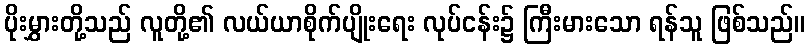
ပိုးမွှားတို့သည် လူတို့၏ လယ်ယာစိုက်ပျိုးရေး လုပ်ငန်း၌ ကြီးမားသော ရန်သူ ဖြစ်သည်။